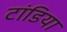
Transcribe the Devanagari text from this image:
टांडिया